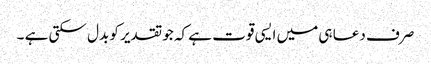
صرف دعا ہی میں ایسی قوت ہے کہ جو تقدیر کو بدل سکتی ہے ۔